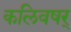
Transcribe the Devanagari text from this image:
कलिवषर्